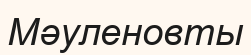
Мәуленовты